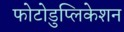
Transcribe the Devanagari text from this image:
फोटोडुप्लिकेशन